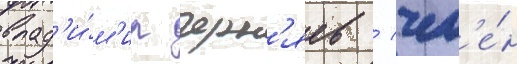
влад'и́м'ир черн'яев / чл'е́н